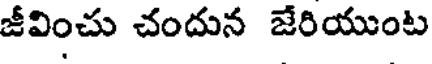
జీవించు చందున జేరియుంట